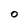
Character: 0